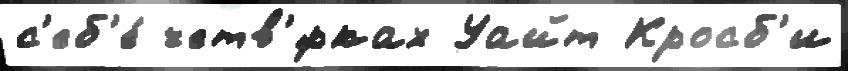
с'еб'е́ четв'́рках Уайт Кросб'и